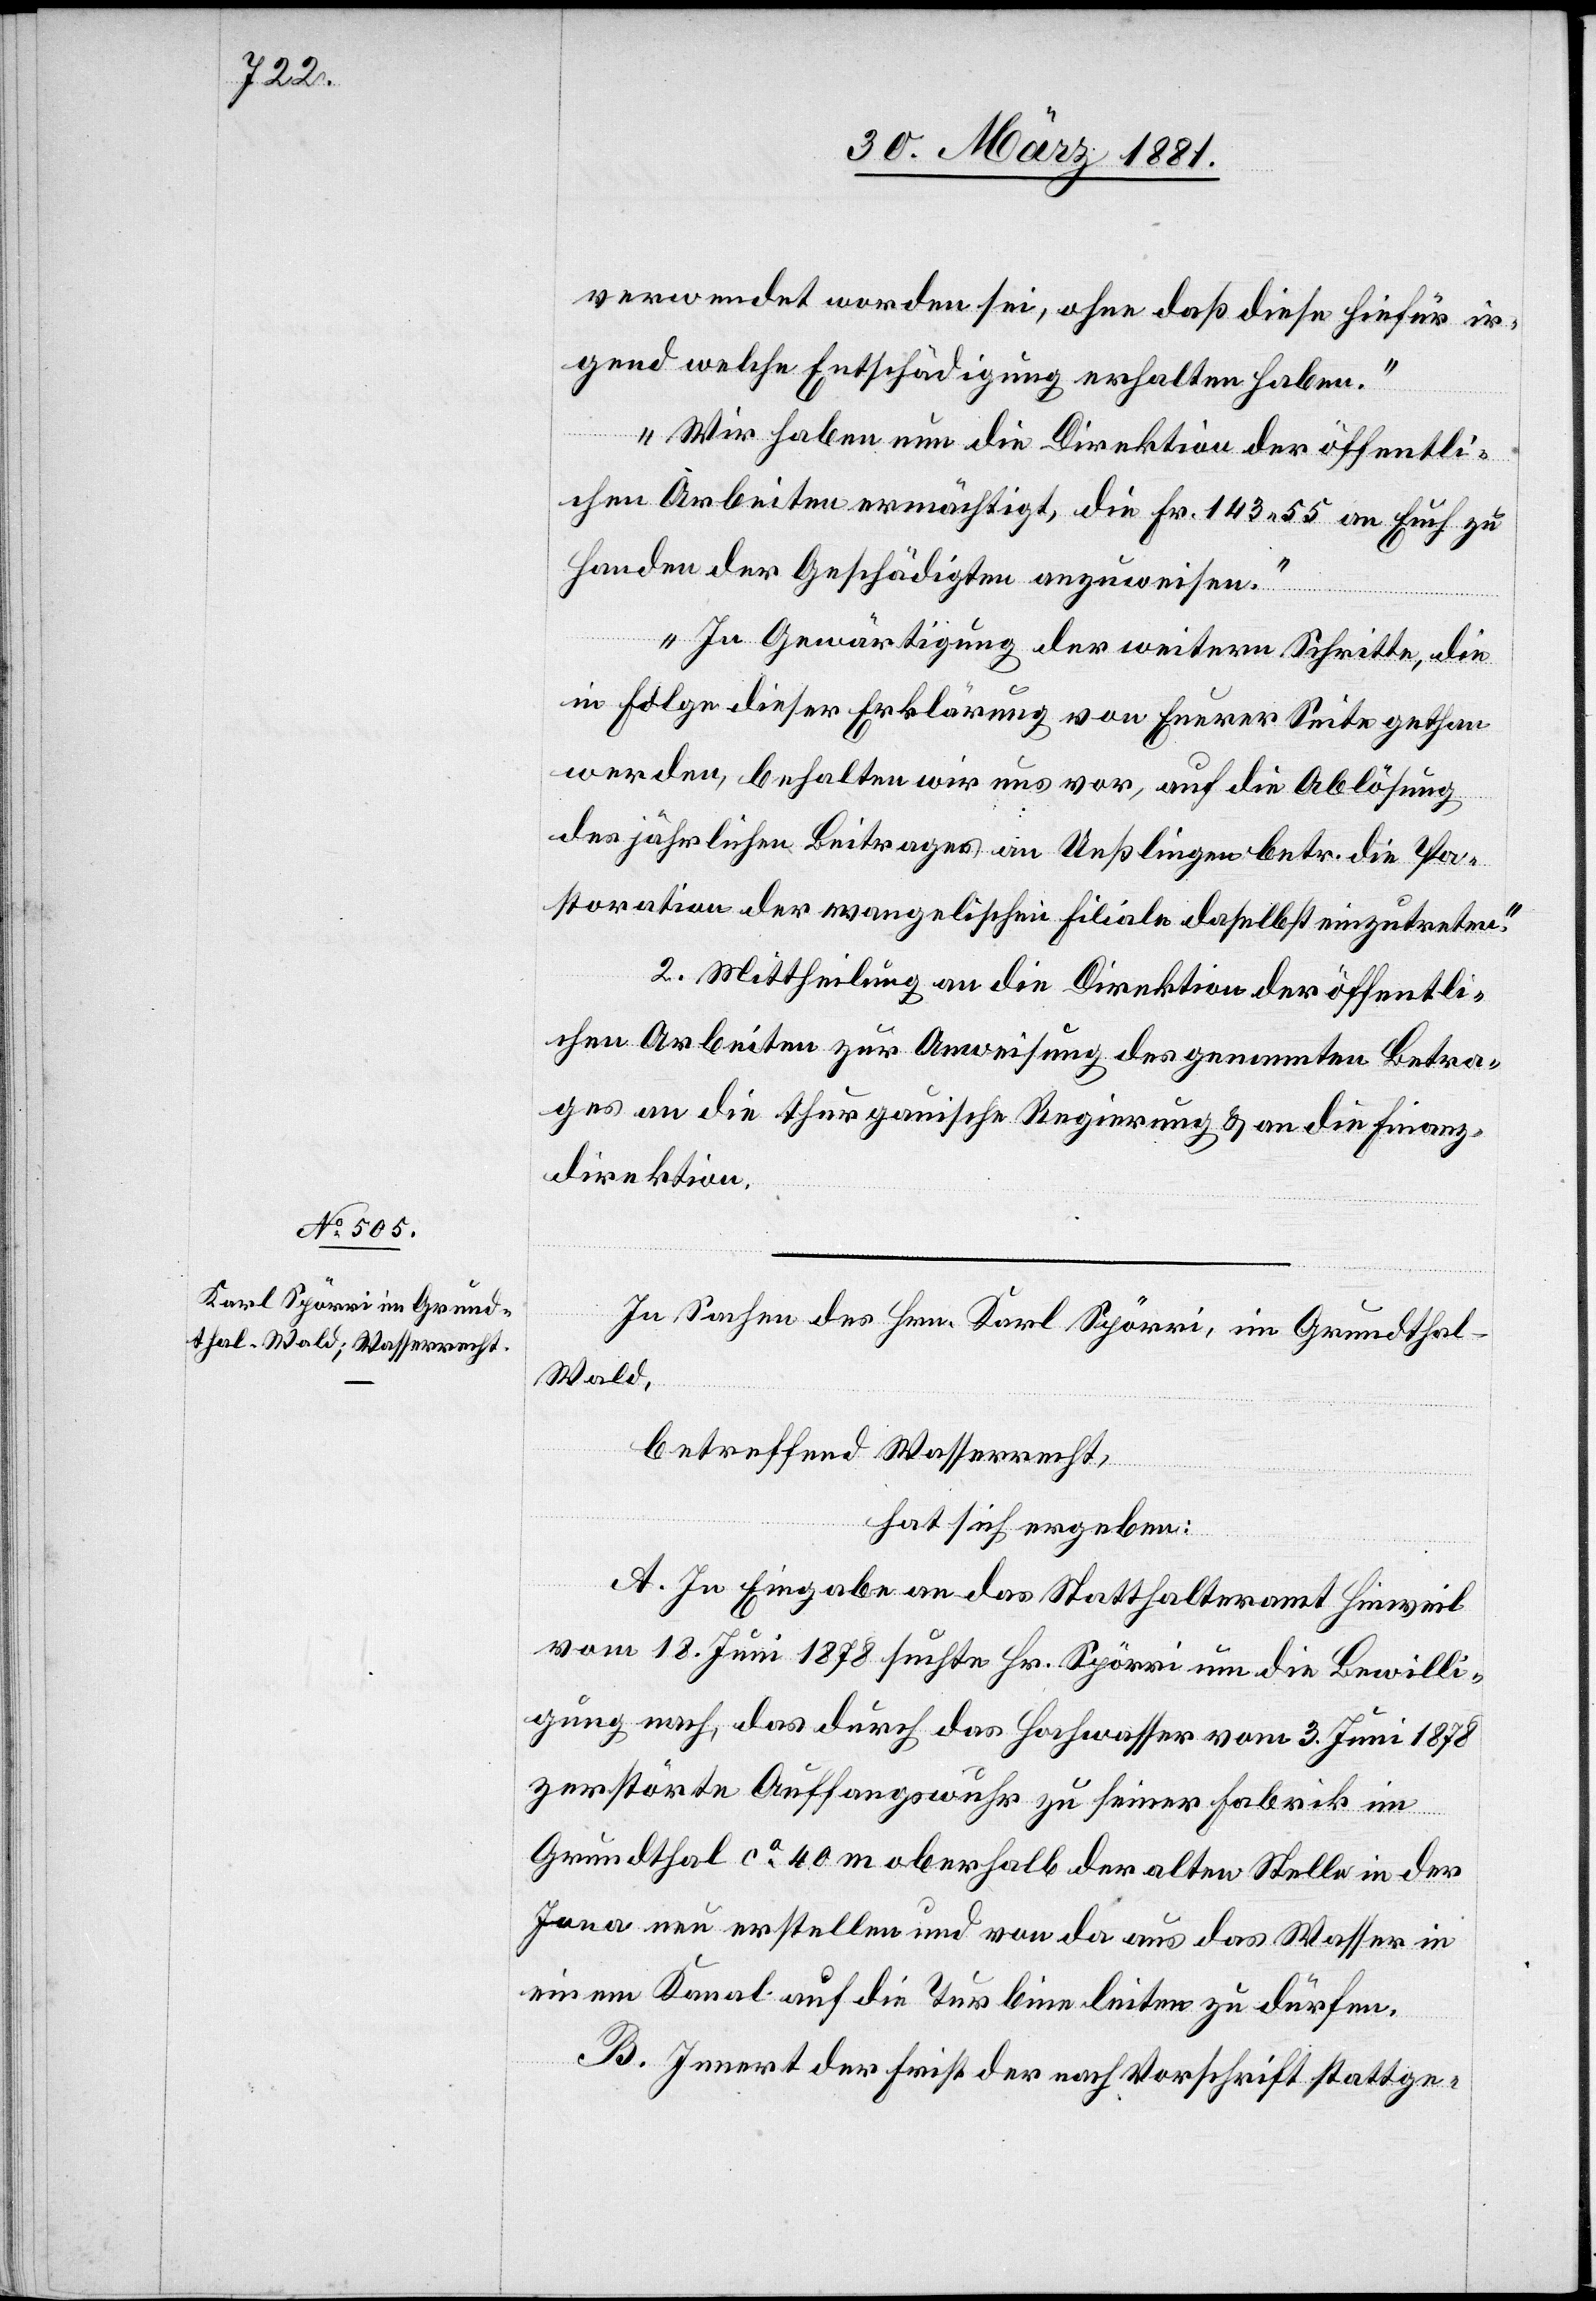
verwendet worden sei, ohne daß diese hiefür ir¬
gend welche Entschädigung erhalten haben.
Wir haben nun die Direktion der öffentli¬
chen Arbeiten ermächtigt, die Fr. 143 55 an Euch zu
Handen der Geschädigten anzuweisen.
In Gewärtigung der weitern Schritte, die
in Folge dieser Erklärung von Euerer Seite gethan
werden, behalten wir uns vor, auf die Ablösung
des jährlichen Beitrages an Ueßlingen betr. die Pa¬
storation der evangelischen Filiale daselbst einzutreten.“
Mittheilung an die Direktion der öffentli¬
chen Arbeiten zur Anweisung des genannten Betra¬
ges an die thurgauische Regierung & an die Finanz¬
direktion.
In Sachen des Hrn. Karl Spörri, im Grundthal -
Wald,
betreffend Wasserrecht,
hat sich ergeben:
A. In Eingabe an das Statthalteramt Hinweil
vom 18. Juni 1878 suchte Hr. Spörri um die Bewilli¬
gung nach, das durch das Hochwasser vom 3. Juni 1878
zerstörte Auffangswuhr zu seiner Fabrik im
Grundthal ca 40 m oberhalb der alten Stelle in der
Jona neu erstellen und von da aus das Wasser in
einem Kanal auf die Turbine leiten zu dürfen.
B. Innert der Frist der nach Vorschrift stattge-